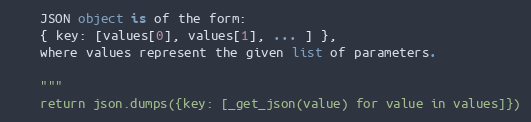
Language: Python
    JSON object is of the form:
    { key: [values[0], values[1], ... ] },
    where values represent the given list of parameters.

    """
    return json.dumps({key: [_get_json(value) for value in values]})